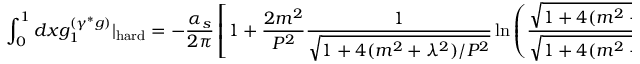
\int _ { 0 } ^ { 1 } d x g _ { 1 } ^ { ( \gamma ^ { * } g ) } | _ { \mathrm { h a r d } } = - { \frac { \alpha _ { s } } { 2 \pi } } \left[ 1 + \frac { 2 m ^ { 2 } } { P ^ { 2 } } \frac { 1 } { \sqrt { 1 + 4 ( m ^ { 2 } + \lambda ^ { 2 } ) / P ^ { 2 } } } \ln \left( \frac { \sqrt { 1 + 4 ( m ^ { 2 } + \lambda ^ { 2 } ) / P ^ { 2 } } - 1 } { \sqrt { 1 + 4 ( m ^ { 2 } + \lambda ^ { 2 } ) / P ^ { 2 } } + 1 } \right) \right] .